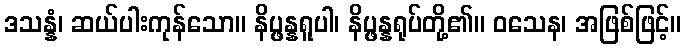
ဒသန္နံ၊ ဆယ်ပါးကုန်သော။ နိပ္ဖန္နရူပါ၊ နိပ္ဖန္နရုပ်တို့၏။ ဝသေန၊ အဖြစ်ဖြင့်။